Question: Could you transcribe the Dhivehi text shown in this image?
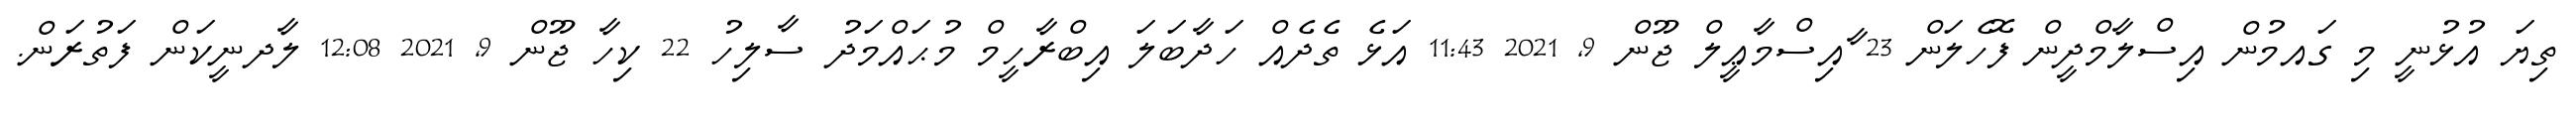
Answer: ތިޔަ އުޅުނީ މި ގައމުން އިސްލާމްދީން ފޮހެލަން 23 ާއިސްމާޢީލް ޖޫން 9, 2021 11:43 އަޅެ ތެދެއް ހަދާބަލަ އިބްރާހީމް މުޙައްމަދު ސާލިހު 22 ކިހާ ޖޫން 9, 2021 12:08 ލާދނީކަން ފަތުރަން.